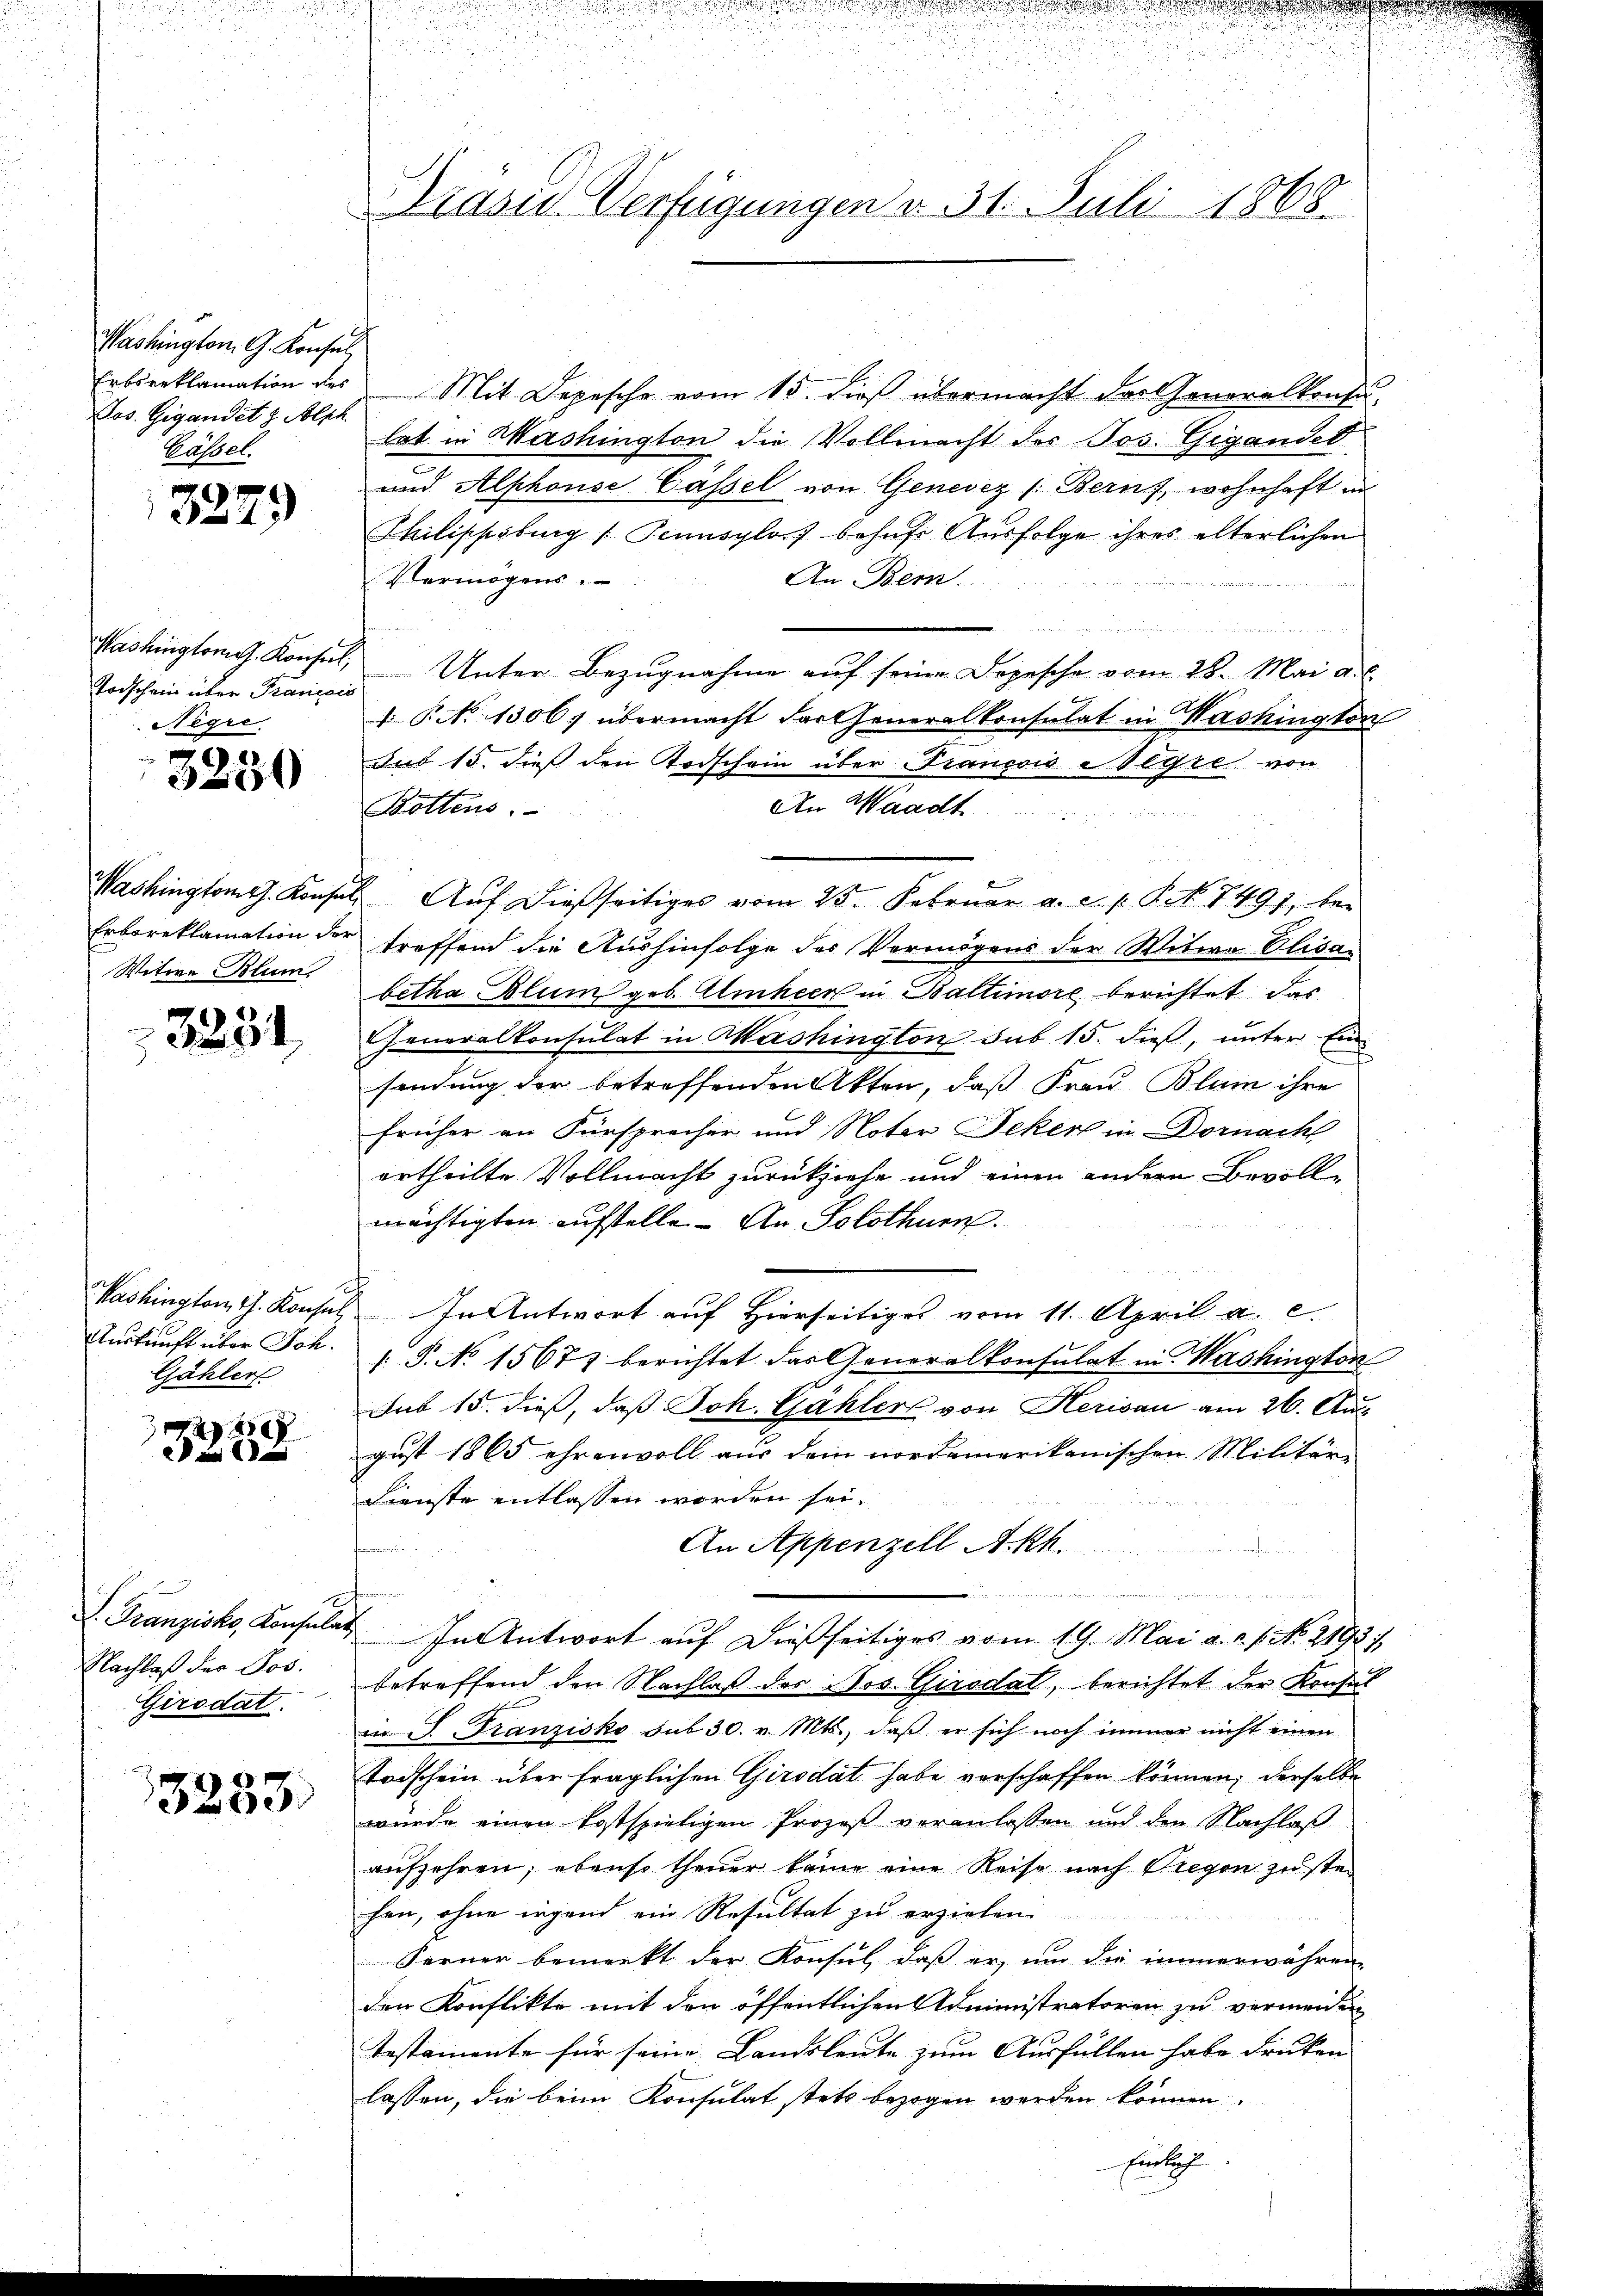
Washington G. Konsul
Erbsreklamation des
Los. Gigandet & Alph
Basel.

3279)

Washingtonis. Konseil,
Torschein über Francois
Negre

3250

Erboreklamation der
Witwe Blum

3231

Kashington, I. Konsul
Auskunft über Joh.
Gjähler

4
 xx

S. Franziska Konsular
Nachlaß der Jos.
Girodat.

3233)

Präsid. Verfügungen v. 31. Juli 1868.

Mit Depesche vom 15. dieß übermacht der Generalkonsu
lat in Washington die Vollmacht der Jos. Gigandet
und Alphonse Cassel von Genevez /: Berns, wohnhaft in
Philischöburg (Tennsylos behufs Ausfolge ihres elterlichen
An Bem
Vermögens.

u
Unter Bezugnahme auf seine Depesche vom 28. Mai a.c.
 P. No 1306. übermacht der Generalkonsulat in Washington
uus 15. dieß den Todschein über François Wegre von
An Waadt
Rettens,
Washingtom. Konsul Aŭf dießseitiges vom 25. Februar a. c. p. P. N. 1497, bei
treffend die Aushinfolge des Vermögens der Witwe Olisabetha Blum geb. Aliheer in Baltimore berichtet, das
Cheneralkonsulat in Mashington sub 15. dieß, unter Einsendung der betreffenden Akten, daß Frau Blum ihre
früher an Fürsprecher und Noter Feker in Dornachl
ertheilte Vollmacht zurückziehe und einen andern Bevoll-
mächtigten aufstelle. An Solothurn.
In Antwort auf Hierseitiges vom 11. April a. c.
[S. No 15677 berichtet das Generalkonsulat in Mashington
Sub 15. dieß, daß Joh. Gähler von Herisau am 26. August 1865 ehrenvoll aus dem nordamerikanischen Militär-
Dienste entlassen worden sei.
An Appenzell A.Rh.
n
In Antwort auf dießseitiges vom 19. Mai a. c. s. No. 2193
betreffend den Nachlaß des Jos. Girsdat, berichtet der Konsul
in Franzisko sub 30. v. Mts., daβ er sich noch immer nicht einen
Todschein über fraglichen Girodat habe verschaffen können, derselbe
würde einen kostspieligen Prozeß veranlassen und den Nachlaß
aufzehren; ebenso theuer keine eine Reise nach Bregen zu ste-
hen, ohne irgend ein Resultat zu erziehen.
Ferner bemerkt der Konsul, dass er, um die immerwähren
den Konflikte mit den öffentlichen Administratoren zu vermeiden
Testamente für seine Landsleute zum Ausfüllen habe drücken
lassen, die beim Konsulat stets bezogen werden können.
Einlich